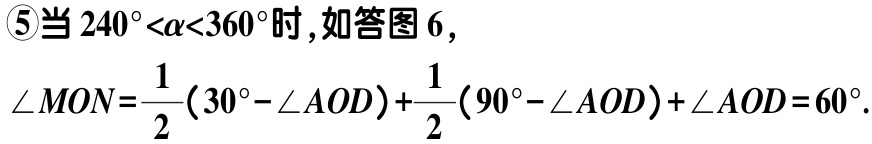
\textcircled{5}当 \(240^{\circ}<\alpha<360^{\circ}\) 时，如答图 6，

\(\angle MON = \frac{1}{2}(30^{\circ}-\angle AOD)+\frac{1}{2}(90^{\circ}-\angle AOD)+\angle AOD = 60^{\circ}\).